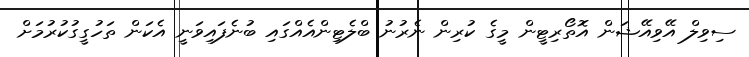
ސިވިލް އޭވިއޭޝަން އޮތޯރިޓީން މީގެ ކުރިން ނެރުނު ބްލެޓިންއެއްގައި ބުނެފައިވަނީ އެކަން ތަހުގީގުކުރުމަށް